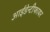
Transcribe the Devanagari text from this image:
आईडेन्टीफायर